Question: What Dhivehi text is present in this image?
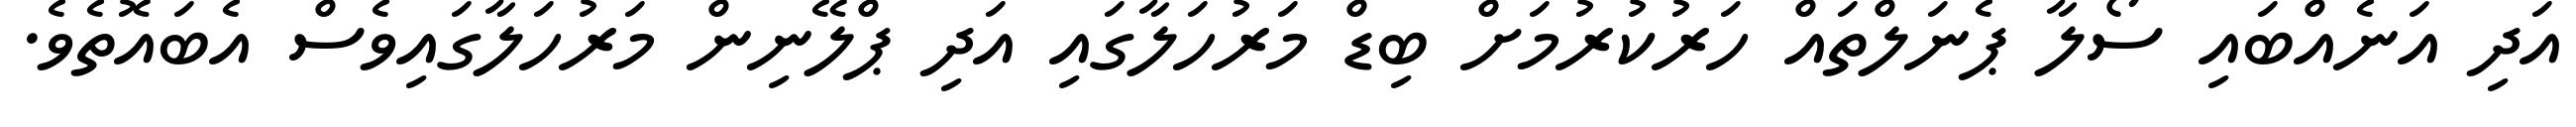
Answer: އަދި އަނެއްބައި ސޯލާ ޕެނަލްތައް ހަރުކުރުމަށް ބިޑް މަރުހަލާގައި އަދި ޕްލޭނިން މަރުހަލާގައިވެސް އެބައޮތެވެ.